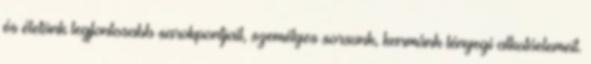
és életünk legfontosabb sarokpontjait, személyes sorsunk, karmánk lényegi alkotóelemeit.